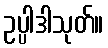
ဥပ္ပါဒါသုတ်။